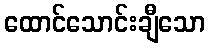
ထောင်သောင်းချီသော